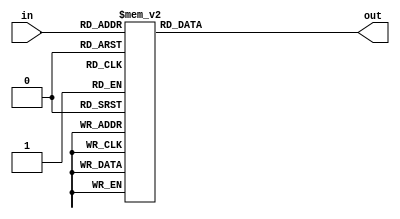
module HEX
(
  input        [3:0]    in,
  output reg   [6:0]    out
);
    
always @ (*) begin
  case (in)
    4'h0:     out = 7'b1000000;
    4'h1:     out = 7'b1111001;
    4'h2:     out = 7'b0100100;
    4'h3:     out = 7'b0110000;
    4'h4:     out = 7'b0011001;
    4'h5:     out = 7'b0010010;
    4'h6:     out = 7'b0000010;
    4'h7:     out = 7'b1111000;
    4'h8:     out = 7'b0000000;
    4'h9:     out = 7'b0010000;
    4'ha:     out = 7'b0001000;
    4'hb:     out = 7'b0000011;
    4'hc:     out = 7'b1000110;
    4'hd:     out = 7'b0100001;
    4'he:     out = 7'b0000110;
    4'hf:     out = 7'b0001110; 
    default:  out = 7'b1111111;
  endcase
end
    
endmodule